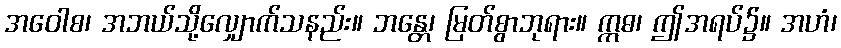
အဝေါစ၊ အဘယ်သို့လျှောက်သနည်း။ ဘန္တေ၊ မြတ်စွာဘုရား။ ဣဓ၊ ဤအရပ်၌။ အဟံ၊